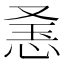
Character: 𢚥